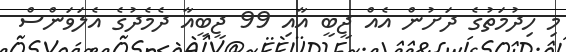
މި ހިދުމަތުގެ ދަށުން އެއް ޖީބީ އާއި 99 ޖީބީއާ ދެމެދުގެ އެލަވަންސް